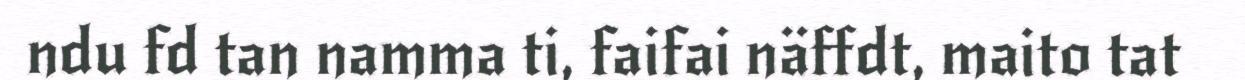
ndu fd tan namma ti, faifai näffdt, maito tat